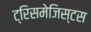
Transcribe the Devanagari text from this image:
ट्रिसमेजिस्टस